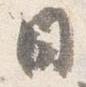
日